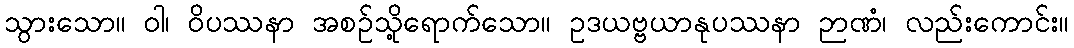
သွားသော။ ဝါ၊ ဝိပဿနာ အစဉ်သို့ရောက်သော။ ဥဒယဗ္ဗယာနုပဿနာ ဉာဏံ၊ လည်းကောင်း။